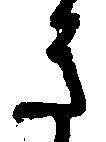
き